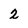
Character: 2